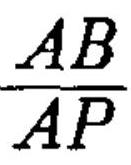
\(\frac{AB}{AP}\)